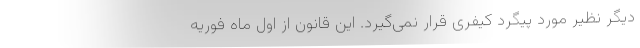
دیگر نظیر مورد پیگرد کیفری قرار نمی‌گیرد. این قانون از اول ماه فوریه